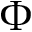
\Phi